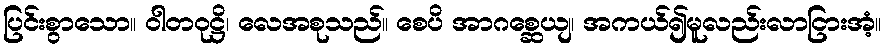
ပြင်းစွာသော။ ဝါတဝုဋ္ဌိ၊ လေအစုသည်။ စေပိ အာဂစ္ဆေယျ၊ အကယ်၍မူလည်းလာငြားအံ့။